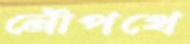
নৌপথে